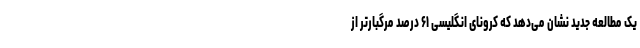
یک مطالعه جدید نشان می‌دهد که کرونای انگلیسی ۶۱ درصد مرگبارتر از